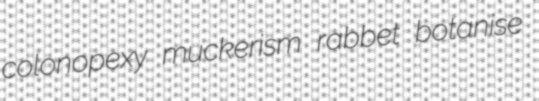
colonopexy muckerism rabbet botanise